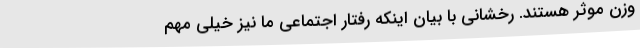
وزن موثر هستند. رخشانی با بیان اینکه رفتار اجتماعی ما نیز خیلی مهم